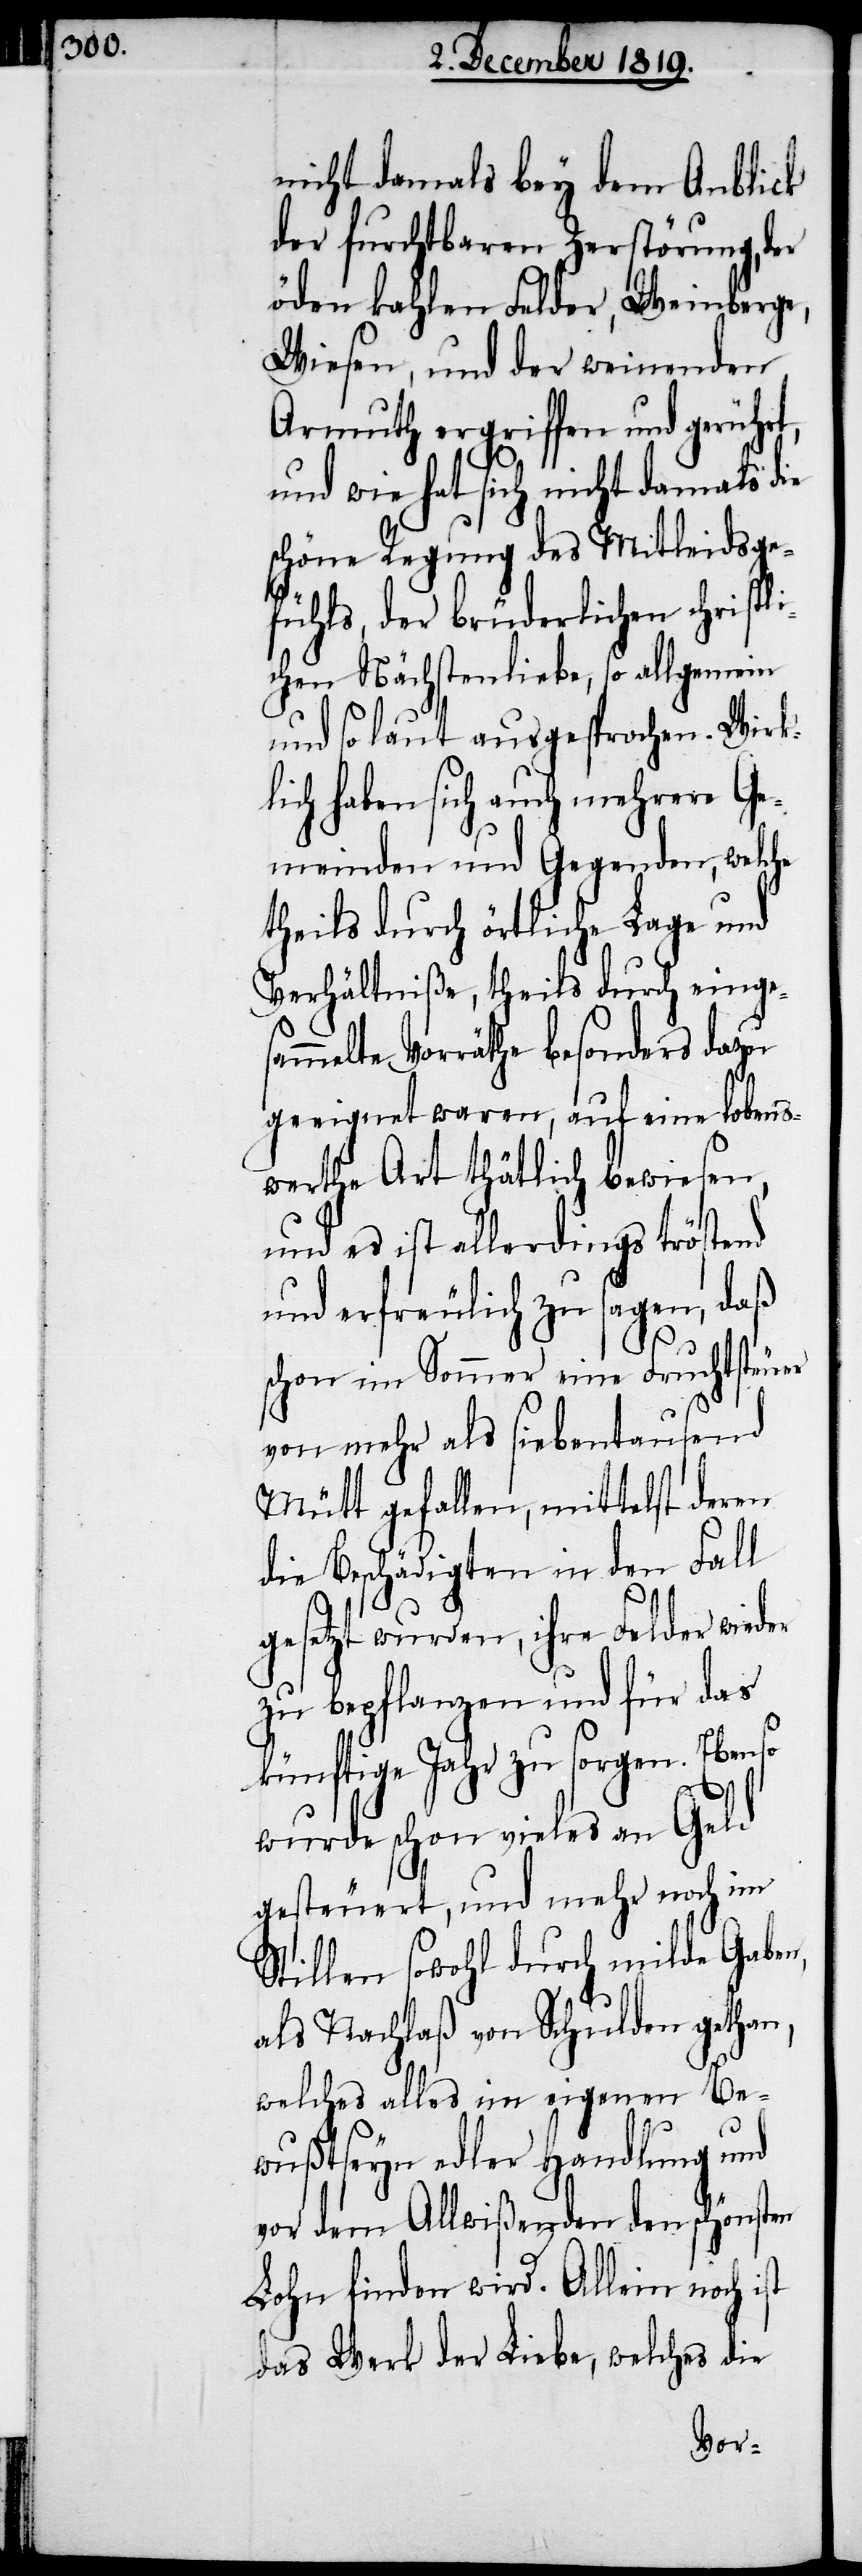
nicht damals bey dem Anblick
der furchtbaren Zerstörung, der
öden kahlen Felder, Weinberge,
Wiesen, und der weinenden
Armuth ergriffen und gerührt,
so
und wie hat sich nicht damals die
schöne Regung des Mitleidsge¬
fühls, der brüderlichen christl¬
ichen Nächstenliebe, so allgemein
und so laut ausgesprochen. Wirk¬
lich haben sich auch mehrere Ge¬
meinden und Gegenden, welche
theils durch örtliche Lage und
Verhältniße, theils durch einge¬
mmelte Vorräthe besonders dazu
geeignet waren, auf eine lobens¬
werthe Art thätlich bewiesen,
und es ist allerdings tröstend
und erfreulich zu sagen, daß
schon im Sommer eine Fruchtsteuer
von mehr als siebentausend
Mütt gefallen, mittelst deren
die Beschädigten in den Fall
gesetzt wurden, ihre Felder wieder
zu bepflanzen und für das
künftige Jahr zu sorgen. Eben¬
wurde schon vieles an Geld
gesteuert, und mehr noch im
Stillen sowohl durch milde Gaben,
als Nachlaß von Schulden gethan,
welches alles im eigenen Be¬
wußtseyn edler Handlung und
vor dem Allwißenden den schönsten
Lohn finden wird. Allein noch ist
das Werk der Liebe, welches die